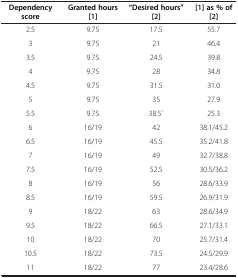
| Dependency score | Granted hours[1] | “Desired hours”[2] | [1]as % of[2] |
 | --- | --- | --- | --- |
 | 2.5 | 9.75 | 17.5 | 55.7 |
 | 3 | 9.75 | 21 | 46.4 |
 | 3.5 | 9.75 | 24.5 | 39.8 |
 | 4 | 9.75 | 28 | 34.8 |
 | 4.5 | 9.75 | 31.5 | 31.0 |
 | 5 | 9.75 | 35 | 27.9 |
 | 5.5 | 9.75 | 38.5` | 25.3 |
 | 6 | 16/19 | 42 | 38.1/45.2 |
 | 6.5 | 16/19 | 45.5 | 35.2/41.8 |
 | 7 | 16/19 | 49 | 32.7/38.8 |
 | 7.5 | 16/19 | 52.5 | 30.5/36.2 |
 | 8 | 16/19 | 56 | 28.6/33.9 |
 | 8.5 | 16/19 | 59.5 | 26.9/31.9 |
 | 9 | 18/22 | 63 | 28.6/34.9 |
 | 9.5 | 18/22 | 66.5 | 27.1/33.1 |
 | 10 | 18/22 | 70 | 25.7/31.4 |
 | 10.5 | 18/22 | 73.5 | 24.5/29.9 |
 | 11 | 18/22 | 77 | 23.4/28.6 |